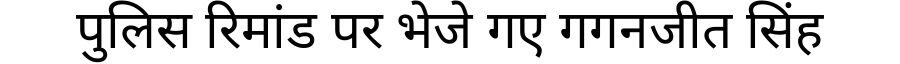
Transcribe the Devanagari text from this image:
पुलिस रिमांड पर भेजे गए गगनजीत सिंह